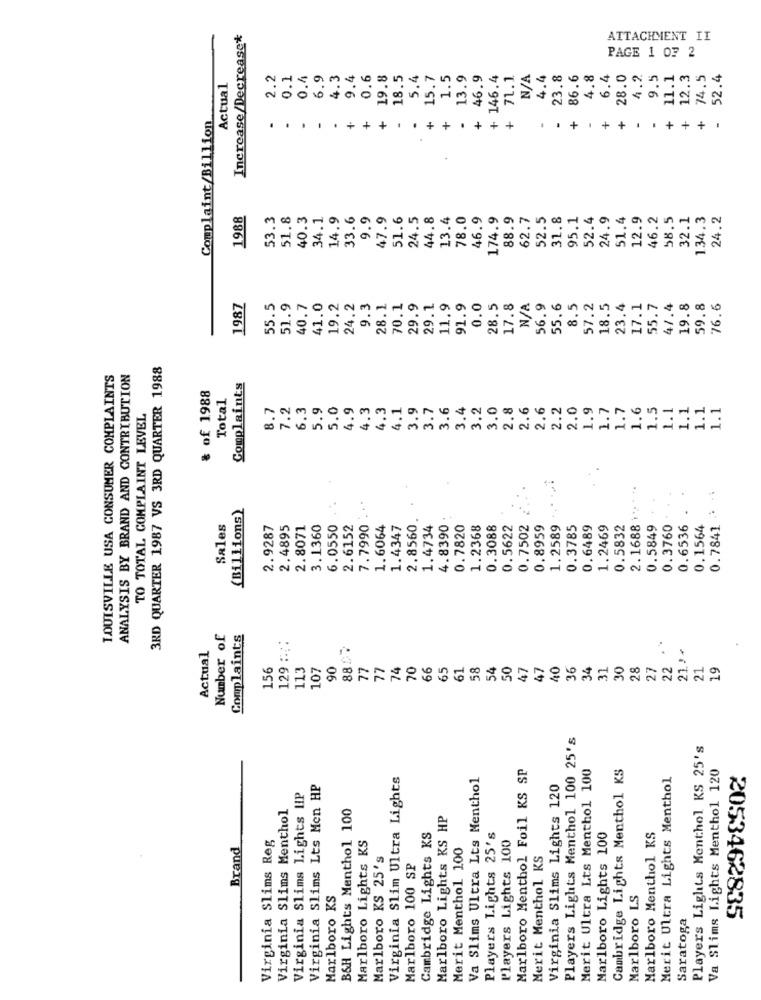
Increase/Decrease*
ATTACHMENT II
PAGE 1 07 2
2.2
0.1
0.4
6.9
4.3
9.4
0.6
19.8
18.5
5.4
15.7
1.5
13.9
+ 46.9
+ 146.4
71.1
4.4
23.8
86.6
4.8
6.4
28.0
4.2.
9.5
11.1
12.3
74.5
52.4
Actual
+
+
+
+
+
Complaint/Billion
.
.
+
+
+
1988
53.3
51.8
40.3
34.1
14.9
33.6
9.9
47.9
51.6
24.5
44.8
13.4
78.0
46.9
174.9
88.9
62.7
52.5
31.8
95.1
52.4
24.9
51.4
12.9
46.2
58.5
32.1
134.3
24.2
1987
55.5
51.9
40.7
41.0
19.2
24.2
9.3
28.1
70.1
29.9
29.1
11.9
91.9
0.0
28.5
17.8
56.9
55.6
8.5
57.2
18.5
23.4
17.1
55.7
47.4
19.8
59.8
76.6
3RD QUARTER 1987 VS 3RD QUARTER 1988
LOUISVILLE USA CONSUMER COMPLAINTS
ANALYSIS BY BRAND AND CONTRIBUTION
& of 1988
Complaints
Total
8.7
7.2
6.3
5.9
5.0
4.9
4.3
1.3
4.1
3.9
3.6
3.4
3.2
3.0
2.8
2.6
2.6
2.2
2.0
1.9
1.7
1.6
1.5
1.1
1.1
1.1
1.1
TO TOTAL COMPLAINT LEVEL
3.7
1.7
0.7841 -
(Billions)
. ..
2.1688 1"
2.8560.
Sales
2.9287
2.4895
2.8071
3.1360
6.0550
2.6152
7.7990
1.6064
1.4347
1.4734
4.8390
0.7820
1.2368
0.3088
0.5622
0.7502
0.8959
1.2589
0.3785
0.6489
1.2469
0.5832
0.5849
0.3760
0.6536
0.1564
Number of
Complaints
. .
Actual
129 :::
887
21.1+
156
113
107
90
77
77
74
70
66
65
61
58
54
50
47
47
40
36
34
31
30
28
27
22
21
19
Players Lights Menthol 100 25's
Players Lights Menthol KS 25's
Marlboro Menthol Foil KS SP
Merit Ultra Lts Menthol 100
Cambridge Lights Menthol KS
Va Slims Lights Menthol 120
Virginia Slim Ultra Lights
Va Slims Ultra Lts Menthol
Merit Ultra Lights Menthol
Virginia Slims Lts Men HP
Virginia Slims Lights 120
Virginia Slims Lights HP
Virginia Slims Menthol
B&H Lights Menthol 100
Marlboro Lights KS HP
Virginia Slims Reg
Cambridge Lights KS
Players Lights 25's
P'layers Lights 100
Marlboro Lights 100
Marlboro Menthol KS
Brand
Marlboro Lights KS
Merit Menthol 100
Marlboro KS 25's
Merit Menthol KS
Marlboro 100 SP
Marlboro KS
Marlboro LS
Saratoga
2053462835